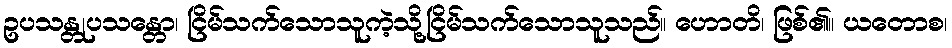
ဥပသန္တုပသန္တော၊ ငြိမ်သက်သောသူကဲ့သို့ငြိမ်သက်သောသူသည်။ ဟောတိ၊ ဖြစ်၏။ ယတောစ၊